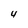
Character: 4